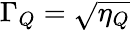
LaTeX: \Gamma_{Q}=\sqrt{\eta_{Q}}